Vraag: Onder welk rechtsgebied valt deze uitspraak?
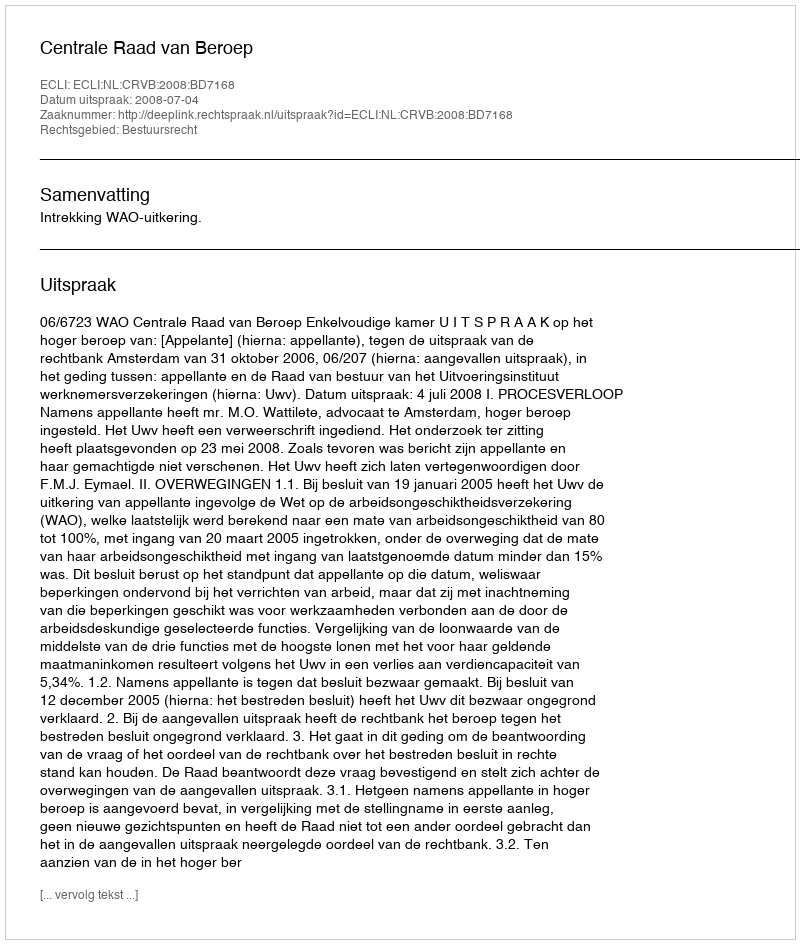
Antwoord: Bestuursrecht